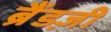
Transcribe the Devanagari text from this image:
ब्रैंडज़ी